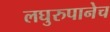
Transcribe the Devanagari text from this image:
लघुरुपानेच